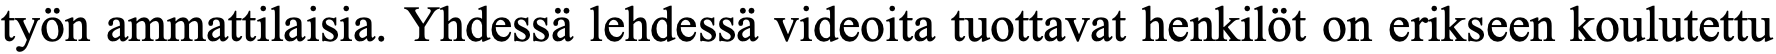
työn ammattilaisia. Yhdessä lehdessä videoita tuottavat henkilöt on erikseen koulutettu